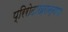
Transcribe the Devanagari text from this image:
प्रिरोदाख़रान्नाया